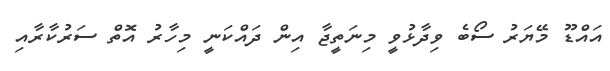
އައްޑޫ މޭޔަރު ސޯބެ ވިދާޅުވީ މިނަތީޖާ އިން ދައްކަނީ މިހާރު އޮތް ސަރުކާރާއި